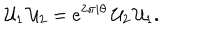
LaTeX: { \cal U } _ { 1 } \, { \cal U } _ { 2 } = e ^ { 2 \pi i \theta } \, { \cal U } _ { 2 } \, { \cal U } _ { 1 } .